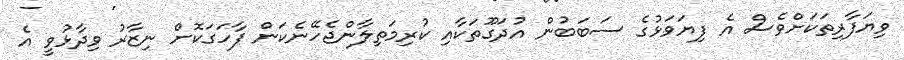
ވިޔަފާރިތަކަށްވެސް އެ ފިޔަވަޅުގެ ސަބަބުން އުދަގޫތަކާއި ކުރިމަތިލާންޖެހޭނެކަން ފާހަގަކޮށް ނިޒާރު ވިދާޅުވީ އެ